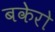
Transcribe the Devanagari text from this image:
बकेरो